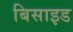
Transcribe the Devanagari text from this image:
बिसाइड